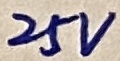
Text: 25V